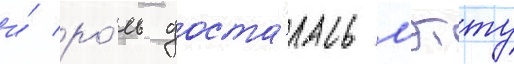
и́ ро́ль доста́лась мэтту